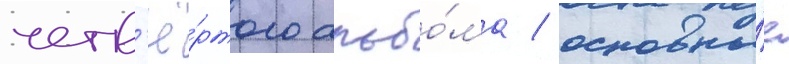
четв'ё́ртого альбо́ма / основны́е